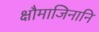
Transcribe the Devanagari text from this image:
क्षौमाजिनानि